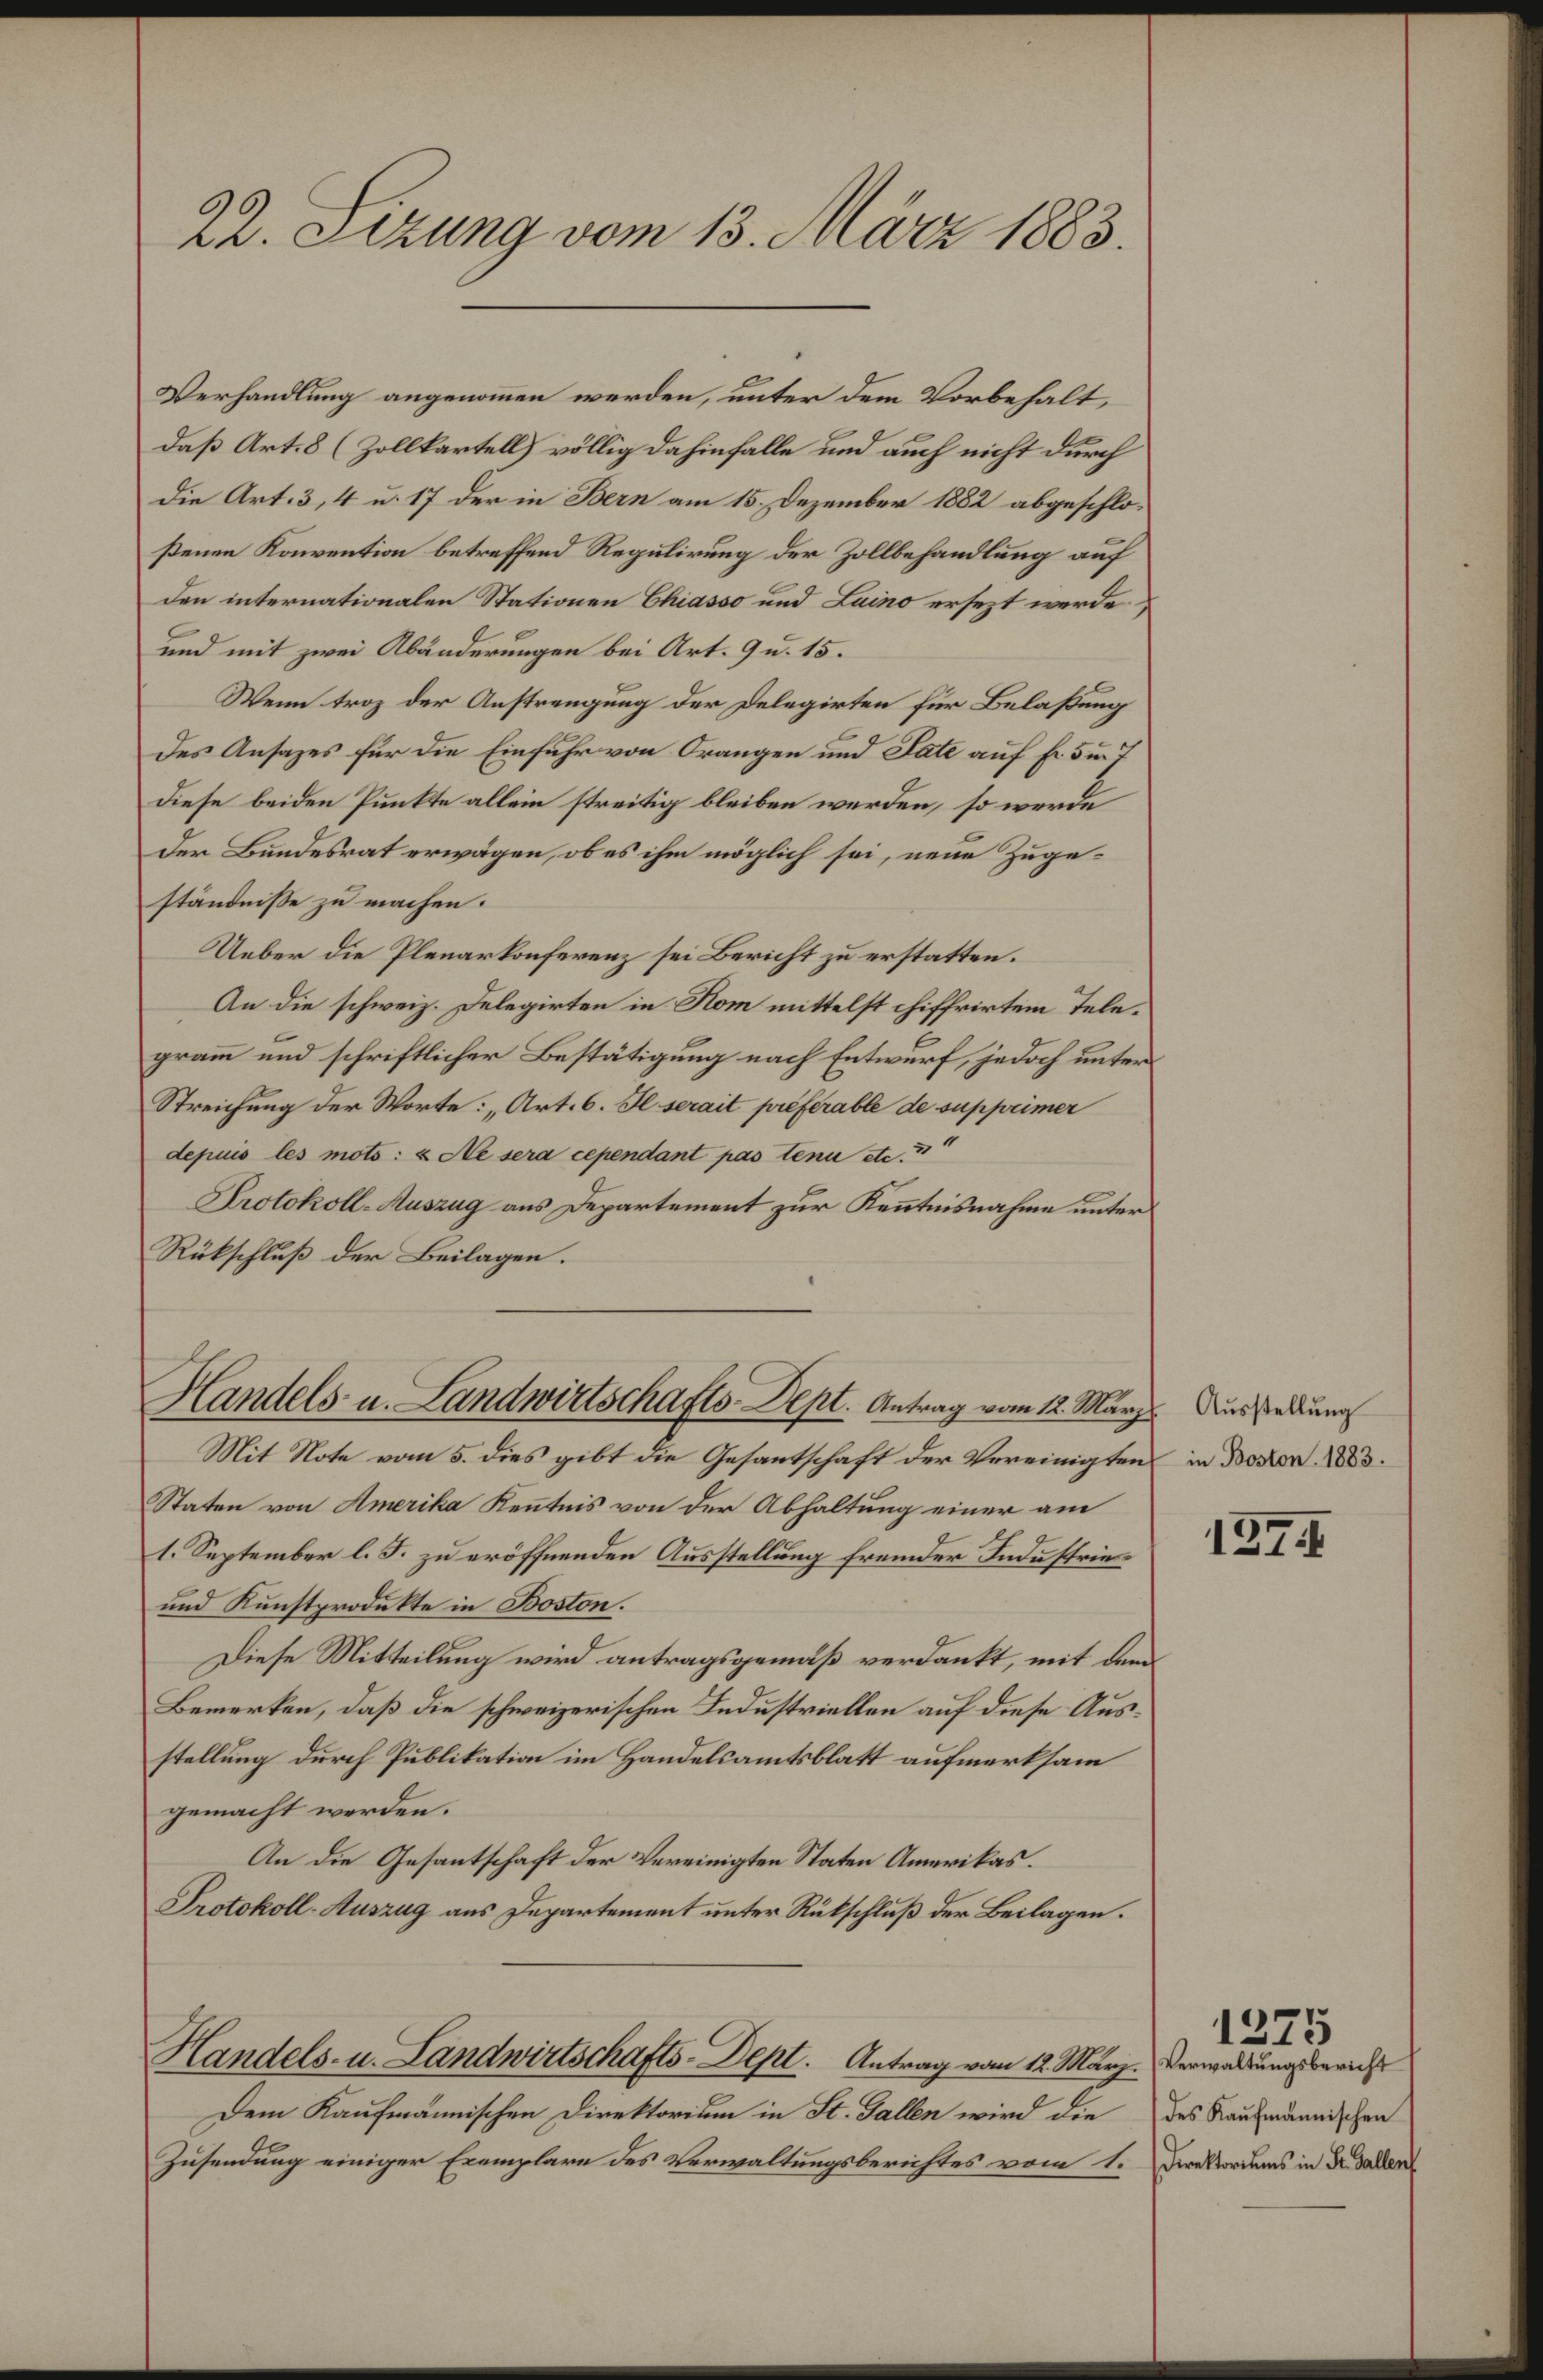
22. Sizung vom 13. März 1883.

Verhandlung angenommen werden, unter dem Vorbehalt,
daß Art. 8 (Zollkartell) völlig dahinfalle und auch nicht durch
die Art. 3, 4 u. 17 der in Bern am 15. Dezember 1882 abgeschloßenen Konvention betreffend Regulirung der Zollbehandlung auf
den internationalen Stationen Chiasso und Luino ersezt werde,
und mit zwei Abänderungen bei Art. 9 u. 15.
Wenn troz der Anstrengung der Delegirten für Belaßung
des Ansazes für die Einfuhr von Orangen und Sate auf Fr. 5 u. 7
diese beiden Punkte allein streitig bleiben werden, so werde
Der Bundesrat erwägen, ob es ihm möglich sei, neue Zugeständnisse zu machen.
Ueber die Plenarkonferenz sei Bericht zu erstatten.
An die schweiz. Delegirten in Nom mittelst chiffrirten Telegramm und schriftlicher Bestätigung nach Entwurf, jedoch unter¬
Streichung der Worte: „Art. 6. Il serait préférable de supprimer
depuis les mots: & Ne sera cependant pas tenu etc. 3
Protokoll-Auszug aus Departement zur Kenntnisnahme unter
Rükschluß der Beilagen.

Handels- u. Landwirtschafts-Dept. Antrag vom 12. März

Mit Note vom 5. dies gibt die Gesantschaft der Vereinigten
Staten von Amerika Kenntnis von der Abhaltung einer am
1. September l. J. zu eröffnenden Ausstellung fremder Industrie¬
und Kunstprodukte in Boston.
Diese Mitteilung wird antragsgemäß verdankt, mit dem
Bemerken, daß die schweizerischen Industriellen auf diese Ausstellung durch Publikation im Handelsamtsblatt aufmerksam
gemacht werden.
An die Gesantschaft der Vereinigten Staten Amerikas.
Protokoll-Auszug aus Departement unter Rückschluß der Beilagen.

Dem Kaufmännischen Direktorium in St. Gallen wird die
Zusendung einiger Exemplare des Verwaltungsberichtes vom 1. Direktoriums in Dr. Gallen

Handels- u. Landwirtschafts-Dept. Antrag vom 12. März. Verwaldungsberich

Ausstellung
in Boston. 1883.

137

des Kaufmännischen

1275